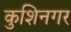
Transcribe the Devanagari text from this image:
कुशिनगर